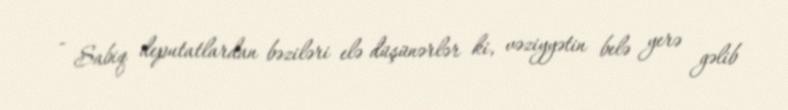
- Sabiq deputatlardan bəziləri elə düşünərlər ki, vəziyyətin belə yerə gəlib